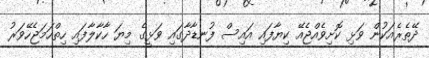
ދޭތެރެއަކުން ވަޅި ކޮށިވެއްޖެއޭ ކިޔާފައި އައިސް ފުނޑާދާގައި ވަޅީގެ މިޔަ ހާކާލާފައި ހިތްހަމަޖެހޭވަރު